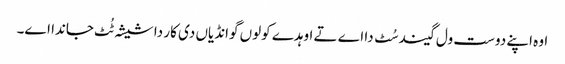
‏ اوہ اپنے دوست ول گیند سُٹ دا اے تے اوہدے کولوں گوانڈیاں دی کار دا شیشہ ٹُٹ جاندا اے۔